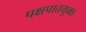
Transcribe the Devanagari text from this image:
पक्षपातयुक्त